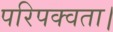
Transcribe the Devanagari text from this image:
परिपक्वता।